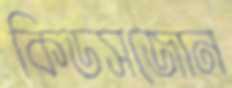
কিডসজোন